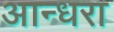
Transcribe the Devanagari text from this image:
आन्धरा